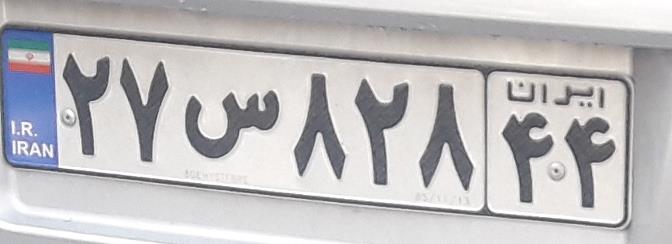
۲۷س۸۲۸۴۴